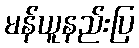
မန်ယူနည်းပြ